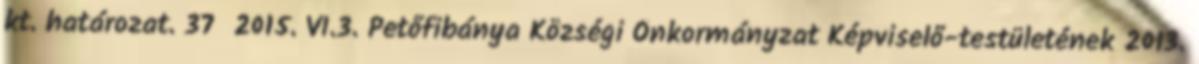
kt. határozat. 37 2015. VI.3. Petőfibánya Községi Önkormányzat Képviselő-testületének 2013.